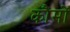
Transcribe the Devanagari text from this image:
कौमों